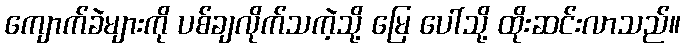
ကျောက်ခဲများကို ပစ်ချလိုက်သကဲ့သို့ မြေ ပေါ်သို့ ထိုးဆင်းလာသည်။